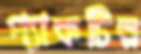
প্যাকটির